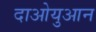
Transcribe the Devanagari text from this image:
दाओयुआन